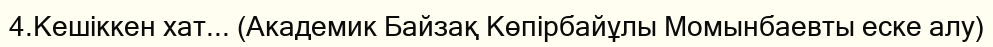
4.Кешіккен хат... (Академик Байзақ Көпірбайұлы Момынбаевты еске алу)